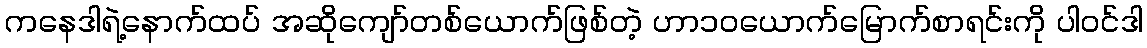
ကနေဒါရဲ့နောက်ထပ် အဆိုကျော်တစ်ယောက်ဖြစ်တဲ့ ဟာ၁၀ယောက်မြောက်စာရင်းကို ပါဝင်ဒါ